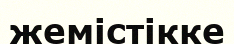
жемістікке